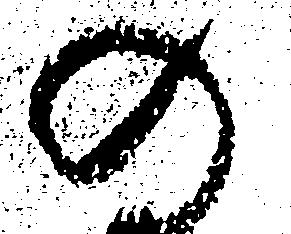
の